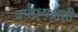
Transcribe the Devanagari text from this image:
उपाध्यक्षही